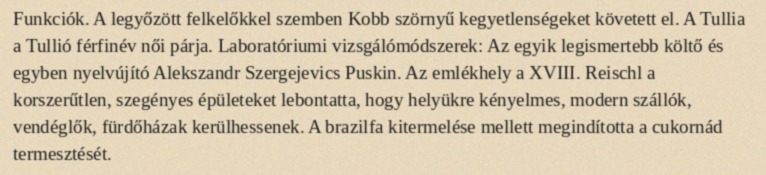
Funkciók. A legyőzött felkelőkkel szemben Kobb szörnyű kegyetlenségeket követett el. A Tullia a Tullió férfinév női párja. Laboratóriumi vizsgálómódszerek: Az egyik legismertebb költő és egyben nyelvújító Alekszandr Szergejevics Puskin. Az emlékhely a XVIII. Reischl a korszerűtlen, szegényes épületeket lebontatta, hogy helyükre kényelmes, modern szállók, vendéglők, fürdőházak kerülhessenek. A brazilfa kitermelése mellett megindította a cukornád termesztését.